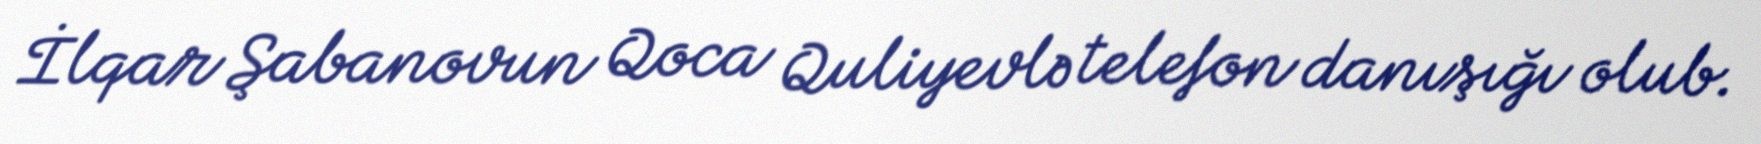
İlqar Şabanovun Qoca Quliyevlə telefon danışığı olub.